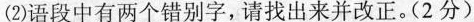
(2)语段中有两个错别字，请找出来并改正。(2分)